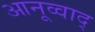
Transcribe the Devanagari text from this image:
आनूव्वाद्